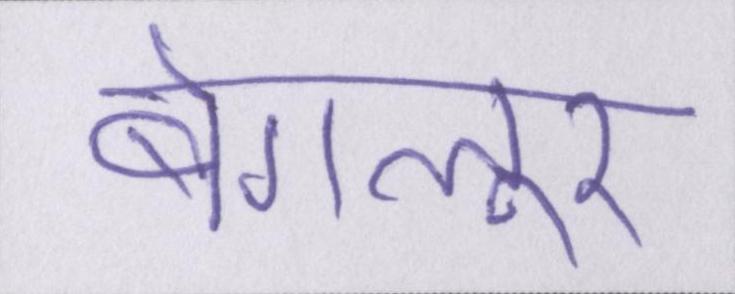
बेंगलूर